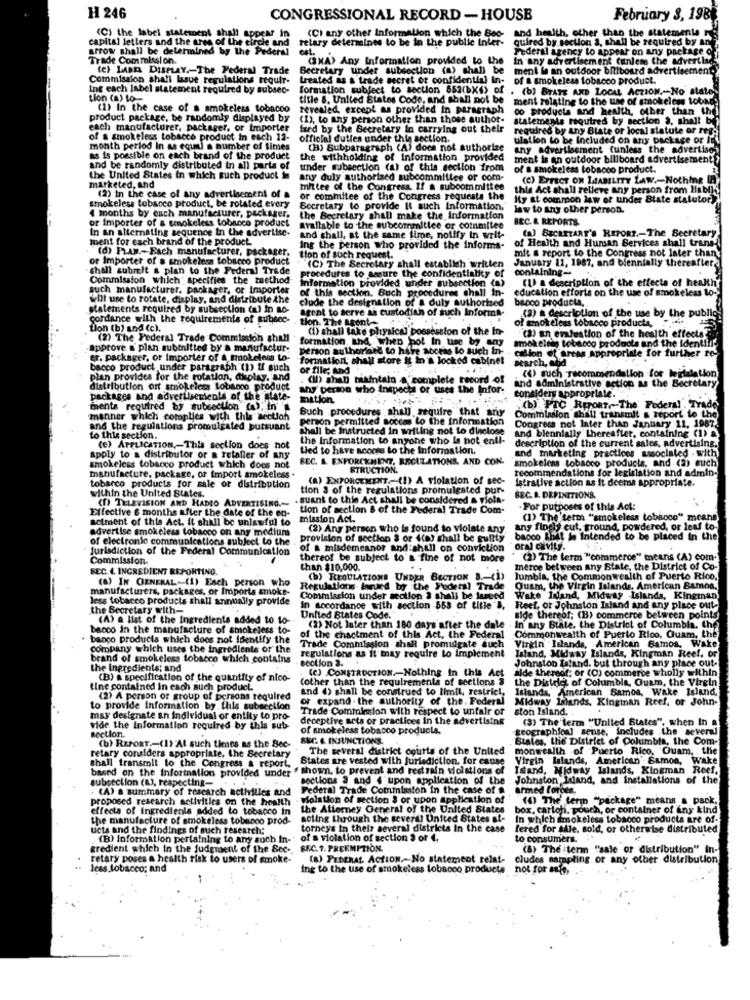
H 246
CONGRESSIONAL RECORD - HOUSE
February 3, 198
(C) the label statement shall appear in
and health, other than the statements
capital letters and the ares of the circle and
retary determines to be in the public Inter-
(C) any other Information which the Boo-
quired by section 3, shall be required by an
arrow shall be determined by the Pederal cat.
Federal agency to appear on any package o
Trade Commission.
(MA) Any Information provided to the
In any advertisement (unless the advertise
(e) LABEL DISPLAY .- The Federal Trade
Secretary under subsection (a) shall be
Secretary under subsection (a) shall be ment le an outdoor billboard advertisement
Commission shall lasue regulations requir-
treated as a trade secret or confidential In-
of a smokeless tobacco product.
Ing each label statement required by subsec-
formation subject to section 553(bX6) of . (b) STATE AND LOCAL ACTION .- No stat
tion (a) 10
title 8. United States Code, and shall not be
ment relating to the use of smokeless tobag
smokeless to
(1) In the case of a smokeless tobacoo
revealed, except as provided In paragraph
oo products and health. other than
product package, be randomly displayed by
(1), to any person other than those author-
statements required by section >, shall be
each manufacturer, packager, or importer
ized by the Secretary in carrying out their
required by any State or local statute or reg.
of a smokeless tobacco product In each 12- official duties under this section.
ulation to be Included on any package or
month period In as equal a number of times
(H) Bubparagraph (A) does not authorize
any advertisement (unless the adve
as is possible on each brand of the product
the withholding of Information provided
ment is an outdoor billboard advertisem
and be randomly distributed in all parts of
under subsection (a) of this section from
of a smokeless tobaooo product.
the United States in which such product in
any duly authorized subcommittee or com-
(C) EFFECT ON INABILITY LAW .- Noth!
marketed, and
mittee of the Congress, If & subcommittee
this Act shall relieve any person {
(2) in the case of any advertisement of a
or commitee of the Congress requests the
Ity at common law of tinder State statutor)
smokeless tobacco product, be rotated every
Secretary to provide It such Information,
law to any other person.
4 months by each manufacturer, packager,
or Importer of a smokeless tobacco product
the Secretary shall make the information
BEC. & REPORTS
In an alternating sequence In the advertise-
Available to the subcommittee of commitee
(A) SECRETARY'S REPORT .- The Secretary
ment for each brand of the product.
and shall, at the same time, notify in writ-
of Health and Human Services shall trans-
(d) Fraw .- Each manufacturer, packager,
ing the person who provided the informa-
mit & report to the Congress
or Importer of a smokeless tobacco product
tion of such request.
(C) The Secretary shall establish written
January 11, 1987, and biennially thereafter
shall submit a plan to the Federal Trade
procedures to assure the confidentiality of
containing-
Commission which " specifies the method-
(1) a description of the effects of hh
such manufacturer. paokager, or Importer
of this section, Buch procedures chall In-
nformation provided under subsection (a)
education efforts on the use of smokeless to-
will use to rotate, display, and distribute the
clude the designation of a duly authorized
banco producta.
statements required by subsection (a) in ac-
agent to serve as custodian of such Informa-
(2) a description of the use by the public
cordance with the requirements of subsec-
tion. The agent-
of smokeless tobacco products,
tion (b) and (c).
(1) shall take physical possession of the In-
(2) an evaluation of the health effects
(2) The Federal Trade Commission shall
formation thd, when bot In use by any
smokeltig tobacco products and the Identi !! '
approve a plan subtitled by a manufactur-
person authorand to have access to such tn-
calion of arcas appropriate for further te-
er. packager, or Importer of a smokeless to-
formation, shall store it in a locked cabinet
search, and
bacco product under paragraph"(1) if such
or file; And
(4) such recommendation for legislation
plan provides for the rotation, diplay, and
(11) shat biaintatn & complete record of
and soministrative action as the Secretary
distribution or smokeless tobacco product
any person who inspects or uses the Infor-
packages and advertiserients of the state-
mation.
considers appropriate.
ments required by subsection (a); in
Buch procedures shal) seguire that any
(b) PIC REPORT~The'
Federal
'manner which cotoplies with this section
person permitted socios to the information
Commlasion shall transmit & report to the
and the regulations promulgated pursuant
shall be instructed in writing not to dinclose
and blennially thereafter, containing (1) &
Congress not Inter than January 1
to this section.
the Information to anyone who is not enti-
description of the current sales, advertising.
(e) APPLICATION ,- This section does not
Lied to have acoois to the Information.
and marketing practices associated . with
apply to a distributor or a retalier of any
SEC. & ENFORCEMENT, REGULATIONS, AND CON.
smokeless tobacco products, and (2) auch
smokeless tobacco product which does not
STRUCTION.
recommendations for legislation and admin-
manufacture, package, or import smokeless
(A) ENFORCEMENT
7- (!) A violation of sec-
Istrative action as it deems appropriate.
tobacco products for sale or distribution
within the United States.
tion 3 of the regulations promulgated pur-
(D) TELEVISION AND RADIO ADVERTISING .-
. suant to this Act shall be considered & viola-
BEC. B. DEFINITIONS.
Effective 6 months after the date of the en-
tion of section & of the Federal Trade Com.
.For purposes of this Act:
actment of this Act. it shall be unlawful to
mission Act.
(1) The term "smokeless tobacco" means
advertise smokeless tobacco on any medium
(2) Any person who is found to violate any.
any finely cut, ground, powdered, or le
of electronic communications subject to the .
provision of section 3 or 4(0) shall be guilty bacco that is Intended to be placed in the
Jurisdiction of the Federal Communication
of a misdemeanor and shall on conviction
"oral cavity.
Commission.
thereof be subject to's fine of not more
(2) The term "commerce" means (A) com-
SEC. 4. INGREDIENT REPORTING.
than $10,000.
merce between any State, the District of Co-
(8) IN GENERAL-(1) Each person who
(b) REGULATIONS UNDER BECTION 8 .- (
Jumbla, the Commonwealth of Puerto Rico,
manufacturers, packages, or Imports amoke-
Commission under section 3 shall be lunged
Regulations barued by the Federal Trade
Quam, the Virgin Islands, American Bamos,
less tobacco products shall annually provide
Wake Island, Midway Islands, Kingman
the Secretary with-
in socordance with section 668 of title "s.
Reel, or Johnston Island and any place out-
(A) a list of the ingredients added to lo-
United States Code.
sige thereof; (B) commerce between points
banco in the manufacture of smokeless to-
(2) Not later than 180 days after the dale .
in any State. the District of Columbia, Che
Commonwealth of Puerto Rico, Quam, the
banco products which does not Identify the
Trade Commission shall promulgate auch Virgin Islands, American Bamos, Wake
of the chactment of this Act, the Federal
company which uses the ingredients or the
Trade Commission shall promulgate auch
regulations as it may require to implement
Virgin Islands, American Bamos, Wake
brand of smokeless tobacco which contains
section 3.
Island, Midaay Islands, Kingman Reef. OF
Johnston Laland. but through any place out-
the Ingredients; and
(c) CONSTRUCTION .- Nothing in this Act
alde thereof; or (O) commerce wholly within
(B) & specification of the quantity of nico-
(other than the requirements of sections 3
the District of Columbia, Guam, the Virgin
tine contained in each such product.
and () shall be construed to limit, restrict,
Islands, American Samoa, Wake Island,
(2) A person or group of persons required
or expand . the authority of the. Federal
Midway Islands, Kingtan Reef, or John-
to provide Information by this subsection
Trade Commission with respect to unfair or
ston Island.
may designate an individual or entity to pro-
deceptive acts or practices in the advertising
(3) The term "United States", when In a
vide the information required by this sub
Rection.
of smokeless tobacco products.
geographiou sense, includes the several
(b) REPORT .- (1) At such times as the Bec-
REC. & INJUNCTIONS.
States, the District of Columbia, the Com-
The several district courts of the United
monwealth of Puerto Rico, Quam, the
retary conalders appropriate. the Secretary
States are vested with jurisdiction. for cause
Virgin Islands, American' Samon, Wake
shall transmit to the Congress & report.
shown, to prevent and restrain violations of Istand, Midway Islands, Kingman Reef.
based on the Information provided under
subsection (a), respecting-
sections 3 and 4 upon application of the
(A) a summary of research activities and
Federal Trade Commission in the case of
armed forces,
proposed research activi
Holation of section $ or upon apphentk
(0) The' term "package" means a pack,
effects of ingredients added to tobacco in
the Attorney General of the United States
box. cartoni, pouch, or container of any kind
the manufacture of smokeless tobacco prod-
soling through the several United States at-
In which smokeless tobacco products are of-
ucts and the findings of such research;
torneys in their several districts In the case
fered for sale, sold, or otherwise distributed
(B) Information pertaining to any such In-"
of a violation of section 3 or 4,
to consumers.
gredient which in the judgment of the Sec ..
SFC. 7. PREEMPTION.
(B) The tenn "sale or distribution" In-
retary poses a health risk to users of smoke-
(a) Prothat. Action .- No statement relat-
cludes sampling or any other distribution
less Jobscco; and
ing to the use of smokeless tobacco products
not for sale